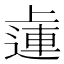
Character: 𨕭